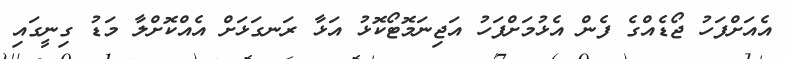
އެއަށްފަހު ޖޯޑެއްގެ ފެން އެޅުމަށްފަހު އަޖިނަމޮޓޯކޮޅު އަޅާ ރަނގަޅަށް އެއްކޮށްލާ މަޑު ގިނީގައި